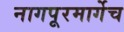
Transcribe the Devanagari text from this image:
नागपूरमार्गेच